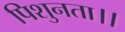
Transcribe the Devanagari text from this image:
पिशुनता।।